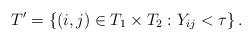
LaTeX: \begin{align*} T' = \left\{(i,j) \in T_1 \times T_2: Y_{ij} < \tau \right\}. \end{align*}